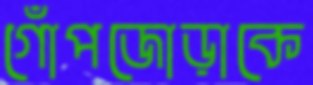
গোঁপজোড়াকে